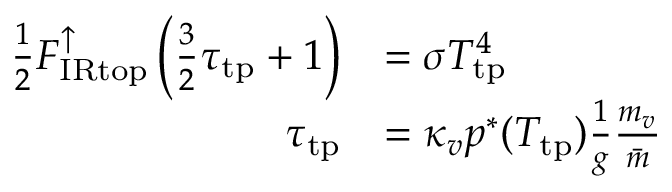
{ \begin{array} { r l } { { \frac { 1 } { 2 } } F _ { \mathrm { I R t o p } } ^ { \uparrow } \left( { \frac { 3 } { 2 } } \tau _ { \mathrm { t p } } + 1 \right) } & { = \sigma T _ { \mathrm { t p } } ^ { 4 } } \\ { \tau _ { \mathrm { t p } } } & { = \kappa _ { v } p ^ { * } ( T _ { \mathrm { t p } } ) { \frac { 1 } { g } } { \frac { m _ { v } } { \bar { m } } } } \end{array} }